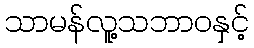
သာမန်လူ့သဘာဝနှင့်